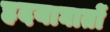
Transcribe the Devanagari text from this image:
ह्रदयाघातों